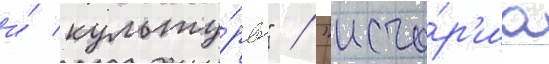
и́ культу́ры" / "исто́р'иа